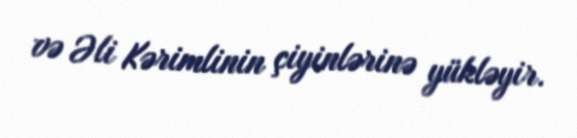
və Əli Kərimlinin çiyinlərinə yükləyir.